Medical and sanitary report on the native army of Bombay for the year
Year: 1879
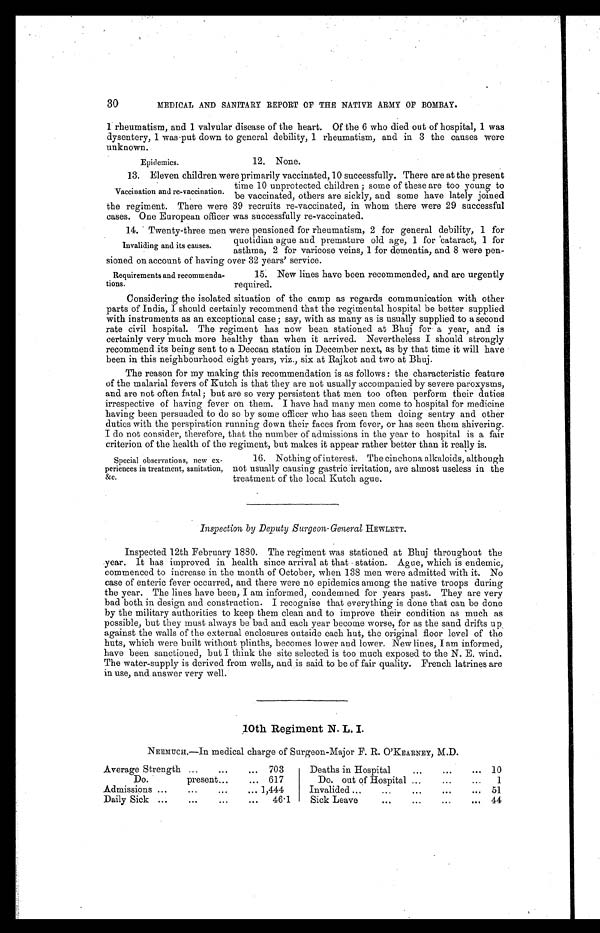
30
MEDICAL AND SANITARY REPORT OF THE NATIVE ARMY OF BOMBAY.
1 rheumatism, and 1 valvular disease of the heart. Of the 6 who died out of hospital, 1 was
dysentery, 1 was put down to general debility, 1 rheumatism, and in 3 the causes were
unknown.
12. None.
13. Eleven children were primarily vaccinated, 10 successfully. There are at the present
time 10 unprotected children; some of these are too young to
be vaccinated, others are sickly, and some have lately joined
the regiment. There were 39 recruits re-vaccinated, in whom there were 29 successful
cases. One European officer was successfully re-vaccinated.
14. Twenty-three men were pensioned for rheumatism, 2 for general debility, 1 for
quotidian ague and premature old age, 1 for cataract, 1 for
asthma, 2 for varicose veins, 1 for dementia, and 8 were pen-
sioned on account of having over 32 years' service.
15. New lines have been recommended, and are urgently
required.
Considering the isolated situation of the camp as regards communication with other
parts of India, I should certainly recommend that the regimental hospital be better supplied
with instruments as an exceptional case; say, with as many as is usually supplied to a second
rate civil hospital. The regiment has now been stationed at Bhuj for a year, and is
certainly very much more healthy than when it arrived. Nevertheless I should strongly
recommend its being sent to a Deccan station in December next, as by that time it will have
been in this neighbourhood eight years, viz., six at Rajkot and two at Bhuj.
The reason for my making this recommendation is as follows: the characteristic feature
of the malarial fevers of Kutch is that they are not usually accompanied by severe paroxysms,
and are not often fatal; but are so very persistent that men too often perform their duties
irrespective of having fever on them. I have had many men come to hospital for medicine
having been persuaded to do so by some officer who has seen them doing sentry and other
duties with the perspiration running down their faces from fever, or has seen them shivering.
I do not consider, therefore, that the number of admissions in the year to hospital is a fair
criterion of the health of the regiment, but makes it appear rather better than it really is.
16. Nothing of interest. The cinchona alkaloids, although
not usually causing gastric irritation, are almost useless in the
treatment of the local Kutch ague.
Inspection by Deputy Surgeon- General HEWLETT.
Inspected 12th February 1880. The regiment was stationed at Bhuj throughout the
year. It has improved in health since arrival at that station. Ague, which is endemic,
commenced to increase in the month of October, when 138 men were admitted with it. No
case of enteric fever occurred, and there were no epidemics among the native troops during
the year. The lines have been, I am informed, condemned for years past. They are very
bad both in design and construction. I recognise that everything is done that can be done
by the military authorities to keep them clean and to improve their condition as much as
possible, but they must always be bad and each year become worse, for as the sand drifts up.
against the walls of the external enclosures outside each hut, the original floor level of the
huts, which were built without plinths, becomes lower and lower. New lines, I am informed,
have been sanctioned, but I think the site selected is too much exposed to the N. E. wind.
The water-supply is derived from wells, and is said to be of fair quality. French latrines are
in use, and answer very well.
10th Regiment N. L. I.
NEEMUCH.—In medical charge of Surgeon-Major F. R. O'KEARNEY, M.D.
Average Strength
703
Deaths in Hospital
10
Do. present
617
Do. out of Hospital
1
Admissions
1,444
Invalided
51
Daily Sick
46.1
Sick Leave
44
Epidemics.
Vaccination and re-vaccination.
Invaliding and its causes.
Requirements and recommenda-
tions.
Special observations, new ex-
periences in treatment, sanitation,
&c.